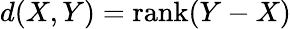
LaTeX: d(X,Y)=\mathrm{rank}(Y-X)